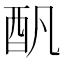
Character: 𨟱